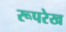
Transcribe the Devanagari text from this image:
रूपरेख